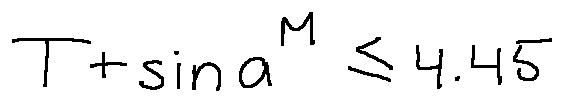
T + \sin a ^ { M } \leq 4 . 4 5